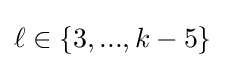
\ell \in \{3,...,k-5\}